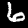
Digit: 6